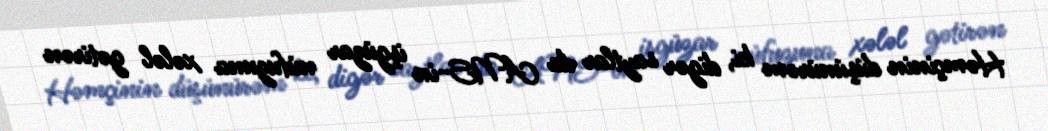
Həmçinin düşünürəm ki, digər saytlar da ANS-in işgüzar nüfuzuna xələl gətirən